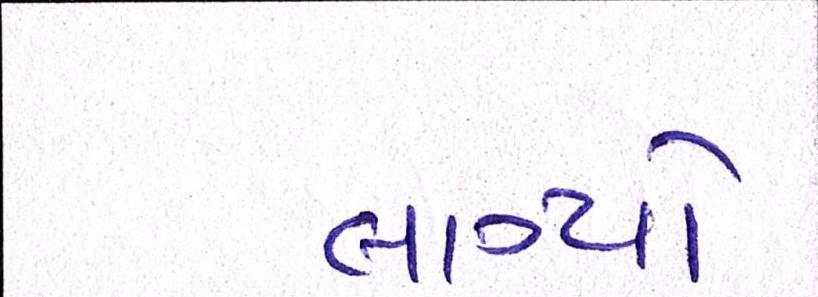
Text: લાગ્યો